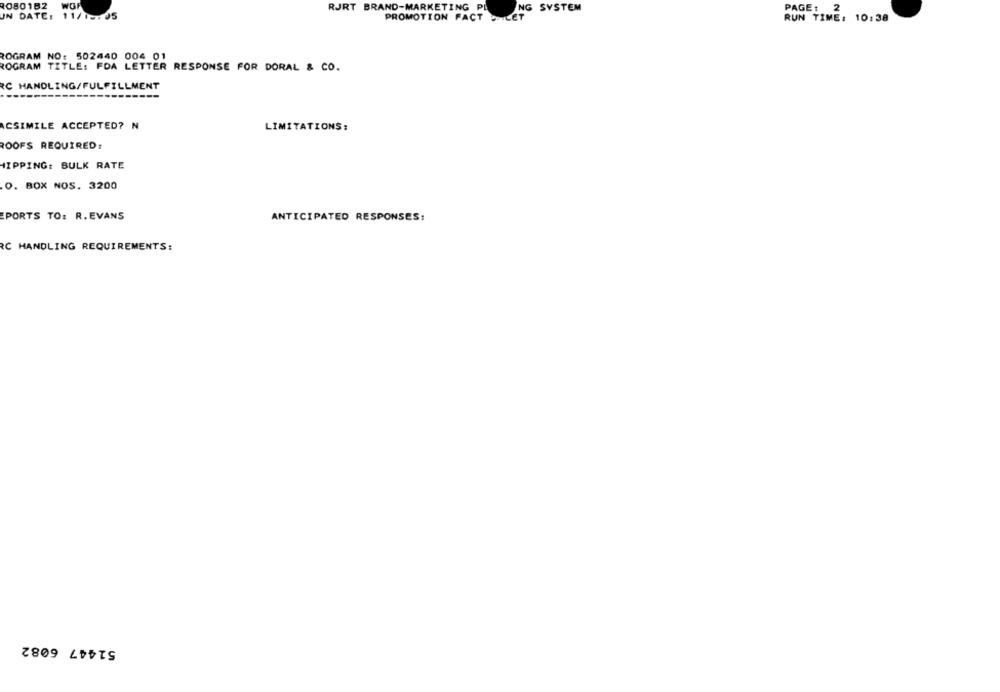
0801B2
PAGE: 2
RJRT BRAND-MARKETING PL
NG SYSTEM
UN DATE: 11/15:05
PROMOTION FACT LET
RUN TIME: 10:38
ROGRAM NO: 502440 004 01
ROGRAM TITLE: FDA LETTER RESPONSE FOR DORAL & CO.
RC HANDLING/FULFILLMENT
CSIMILE ACCEPTED? N
LIMITATIONS:
ROOFS REQUIRED:
HIPPING: BULK RATE
O. BOX NOS. 3200
EPORTS TO: R. EVANS
ANTICIPATED RESPONSES:
RC HANDLING REQUIREMENTS:
51447 6082